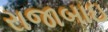
રાજાબાઇ